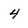
Character: 4